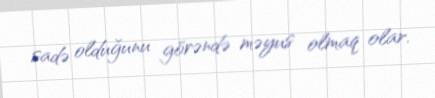
sadə olduğunu görəndə məyus olmaq olar.